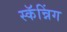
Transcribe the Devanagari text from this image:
स्कॅन्निंग